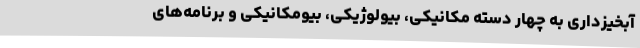
آبخیزداری به چهار دسته مکانیکی، بیولوژیکی، بیومکانیکی و برنامه‌های